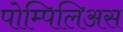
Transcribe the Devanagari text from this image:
पोम्पिलिअस